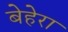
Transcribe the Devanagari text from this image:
बेहेरा